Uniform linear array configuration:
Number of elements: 24
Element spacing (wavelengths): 0.75
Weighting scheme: uniform
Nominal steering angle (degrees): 30
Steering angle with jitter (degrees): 29.217
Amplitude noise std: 0.05
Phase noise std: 0.05

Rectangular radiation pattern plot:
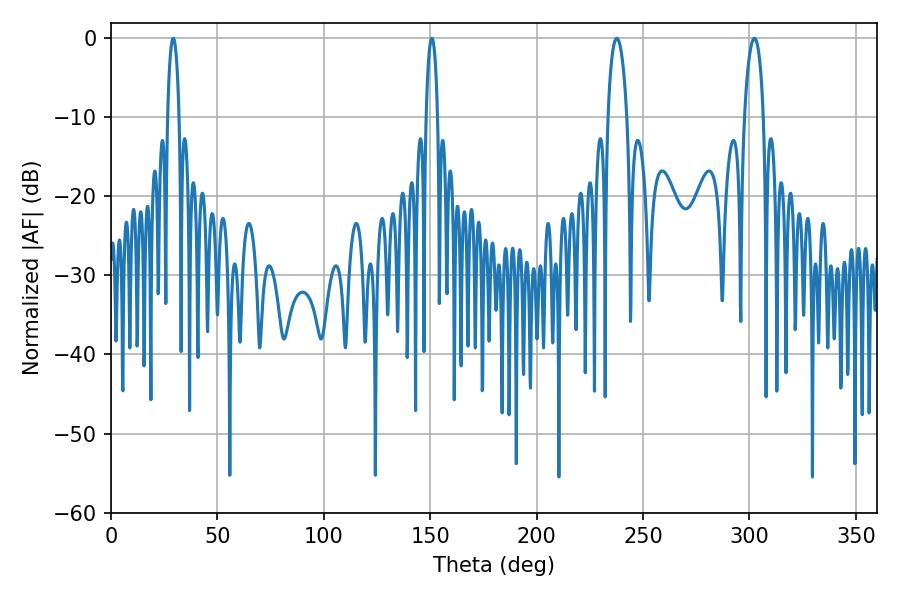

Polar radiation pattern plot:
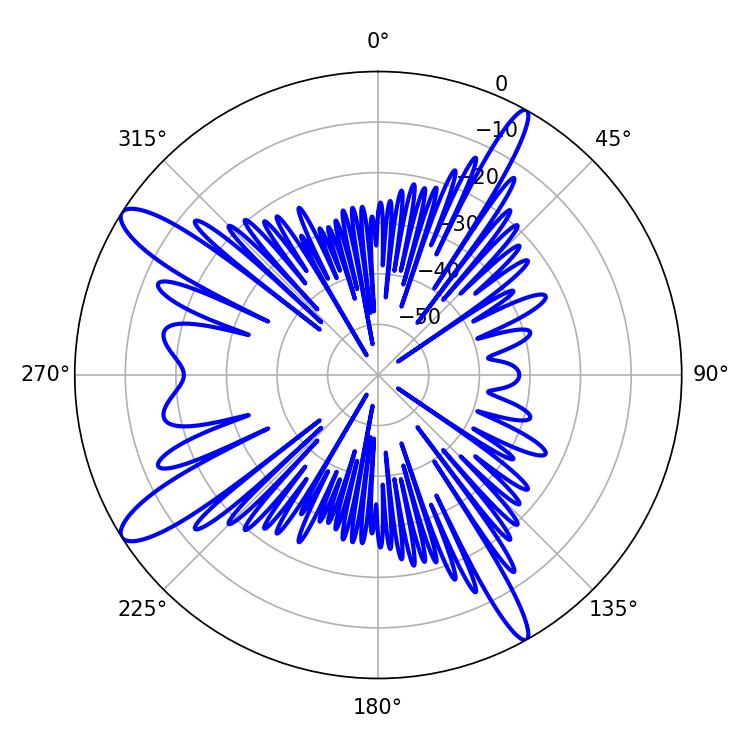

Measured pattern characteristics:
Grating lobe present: TRUE
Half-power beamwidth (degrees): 5.04
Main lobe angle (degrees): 237.6